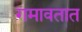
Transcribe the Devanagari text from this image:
गमावतात